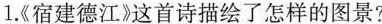
1.《宿建德江》这首诗描绘了怎样的图景?